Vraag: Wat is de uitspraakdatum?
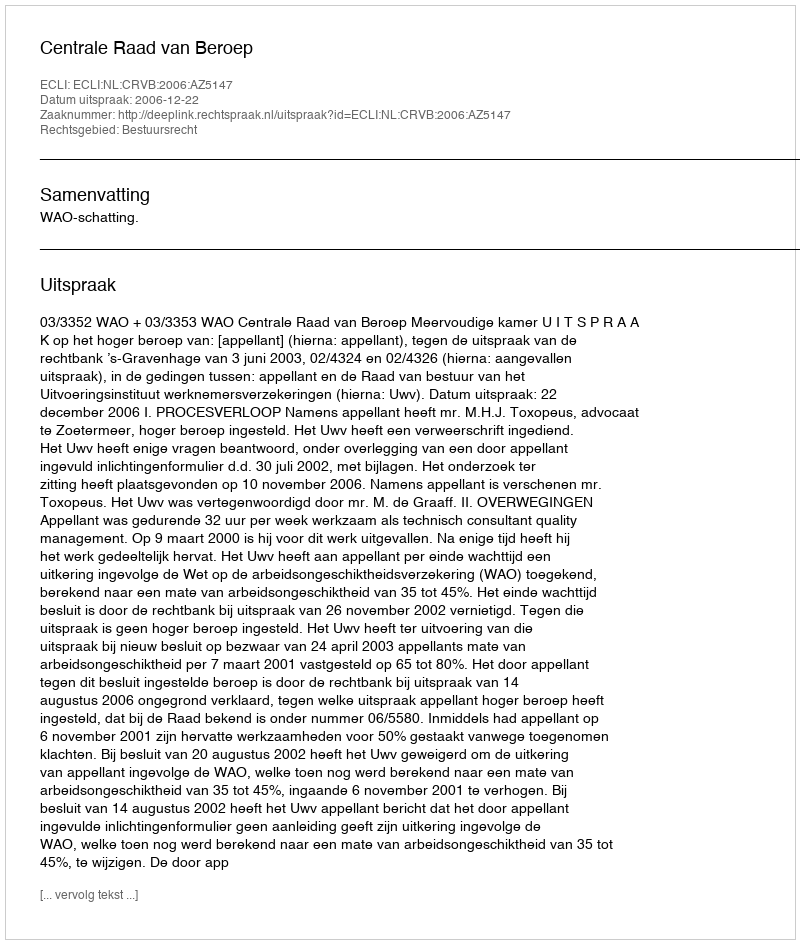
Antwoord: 2006-12-22